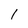
Character: 1